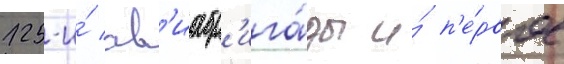
125-и́ ав'иабр'ига́ды и́ п'е́рвое